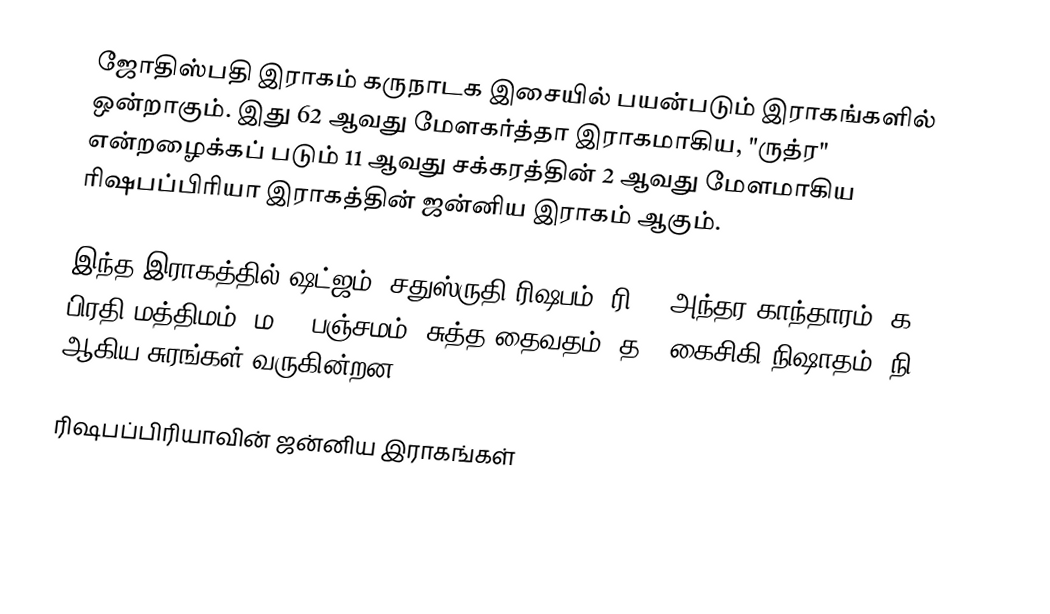
ஜோதிஸ்பதி இராகம் கருநாடக இசையில் பயன்படும் இராகங்களில் ஒன்றாகும். இது 62 ஆவது மேளகர்த்தா இராகமாகிய, "ருத்ர" என்றழைக்கப் படும் 11 ஆவது சக்கரத்தின் 2 ஆவது மேளமாகிய ரிஷபப்பிரியா இராகத்தின் ஜன்னிய இராகம் ஆகும்.

இந்த இராகத்தில் ஷட்ஜம், சதுஸ்ருதி ரிஷபம் (ரி2),  அந்தர காந்தாரம் (க3), பிரதி மத்திமம் (ம2), பஞ்சமம்,  சுத்த தைவதம் (த1) கைசிகி நிஷாதம்  (நி2) ஆகிய சுரங்கள் வருகின்றன.

ரிஷபப்பிரியாவின் ஜன்னிய இராகங்கள்